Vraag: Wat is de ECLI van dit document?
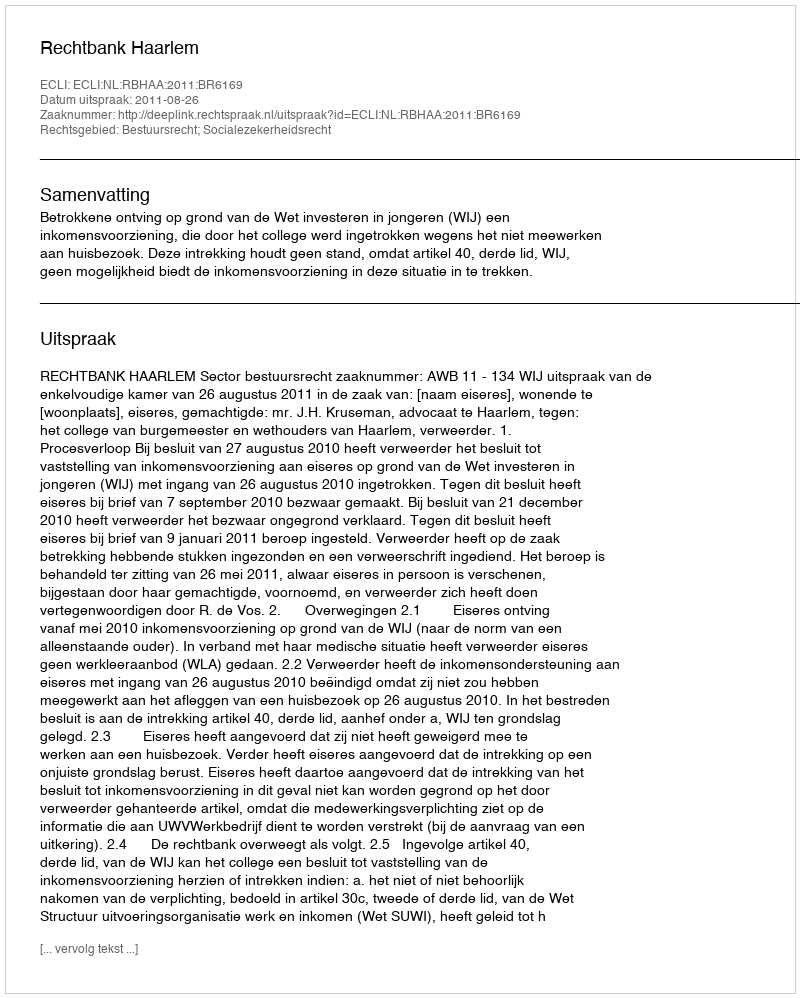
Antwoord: ECLI:NL:RBHAA:2011:BR6169